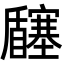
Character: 𡬉